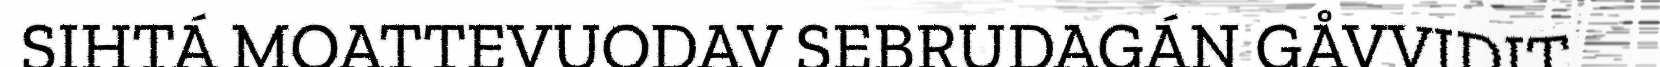
SIHTÁ MOATTEVUODAV SEBRUDAGÁN GÅVVIDIT